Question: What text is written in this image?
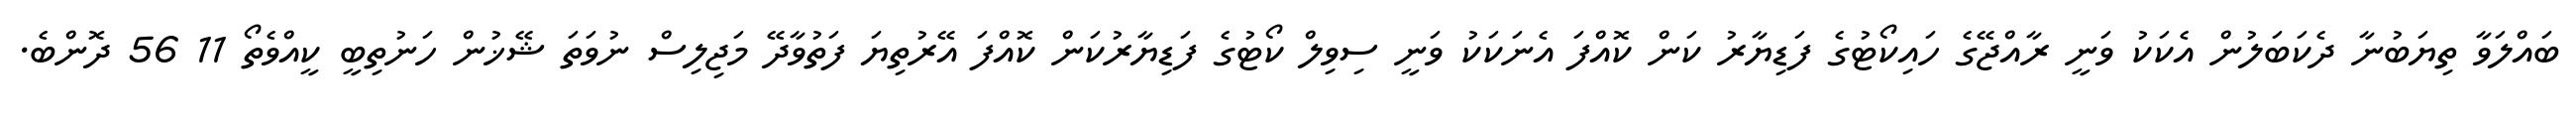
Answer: ބައްލަވާ ތިޔަބުނާ ދެކަބަލުން އެކަކު ވަނީ ރާއްޖޭގެ ހައިކޯޓުގެ ފަޑިޔާރު ކަން ކޮއްފަ އެނަކަކު ވަނީ ސިވިލް ކޯޓުގެ ފަޑިޔާރުކަން ކޮއްފަ އޭރުތިޔަ ފަތުވާދޭ މަޖިލިސް ނުވަތަ ޝޭޚުން ހަނުތިބީ ކީއްވެތޯ 11 56 ދޮންބެ.